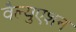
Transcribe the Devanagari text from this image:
वैल्युएशन